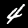
Label: 4